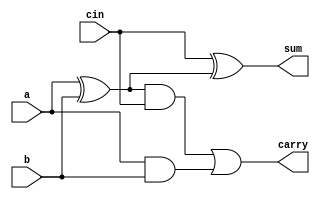
// `include "add1.v"

module add2(a,b,cin,sum,carry);
  input a,b,cin;
  output sum,carry;

  xor G1 (p,a,b);
  xor G2 (sum,cin,p);
  and G3 (q,p,cin);
  and G4 (r,a,b);
  or G5 (carry,q,r);

endmodule


module sub64( output signed [63:0]out, output overflow, input signed [63:0]a, input signed [63:0]b);

 wire [64:0]c;
 wire [63:0]notb;
 assign c[0]=1'b1;
 genvar i;
 generate
      for(i=0;i<64;i=i+1)
      begin
          not G1(notb[i],b[i]);
      end
 endgenerate

 generate
      for(i=0;i<64;i=i+1)
      begin
          add2 G2 (a[i],notb[i],c[i],out[i],c[i+1]);
      end
 endgenerate

xor G3 (overflow,c[63],c[64]);


 
endmodule